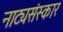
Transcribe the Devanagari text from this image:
नाट्यसंस्कार